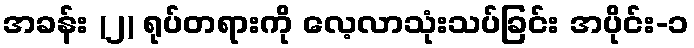
အခန်း (၂) ရုပ်တရားကို လေ့လာသုံးသပ်ခြင်း အပိုင်း-၁